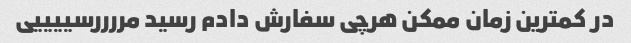
در کمترین زمان ممکن هرچی سفارش دادم رسید مررررسییییی